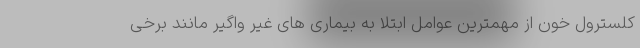
کلسترول خون از مهمترین عوامل ابتلا به بیماری های غیر واگیر مانند برخی